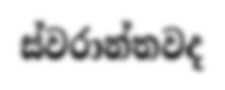
ස්වරාන්තවද